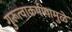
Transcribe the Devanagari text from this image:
गुरूत्वाकर्षणामुळे